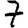
Digit: 7